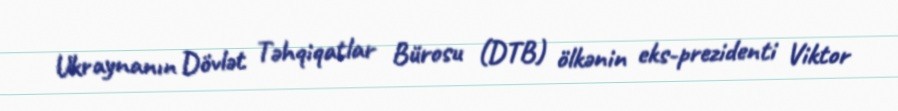
Ukraynanın Dövlət Təhqiqatlar Bürosu (DTB) ölkənin eks-prezidenti Viktor